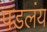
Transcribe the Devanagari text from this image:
पडलंय